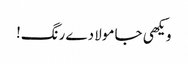
ویکھی جا مولا دے رنگ!